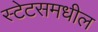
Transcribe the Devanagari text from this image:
स्टेटसमधील